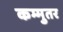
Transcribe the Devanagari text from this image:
कम्मुतर